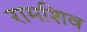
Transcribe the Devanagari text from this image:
रामशिव